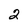
Character: 2